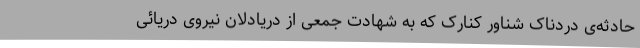
حادثه‌ی دردناک شناور کنارک که به شهادت جمعی از دریادلان نیروی دریائی